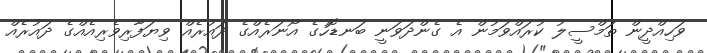
ވަހިއްދީން ތަމްސީލު ކުރައްވަމުން އެ ގެންދަވަނީ ބަނޑޮހުގެ އޯނަރެއްގެ ދައުރެއް ވިޔަފާރިވެރިއެއްގެ ދައުރެއް